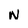
Character: N